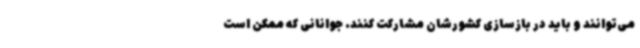
می‌توانند و باید در بازسازی کشورشان مشارکت کنند. جوانانی که ممکن است